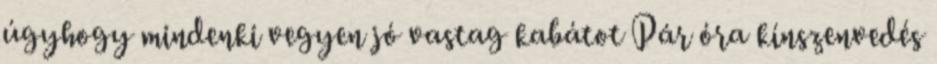
úgyhogy mindenki vegyen jó vastag kabátot Pár óra kínszenvedés